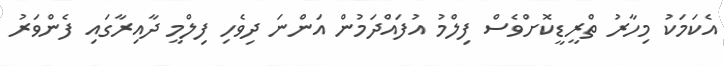
އެކަމަކު މިހާރު ތްރީޑީކޮށްވެސް ފިލްމު އުފައްދަމުން އަންނަ ދިވެހި ފިލްމީ ދާއިރާގައި ފެންވަރު